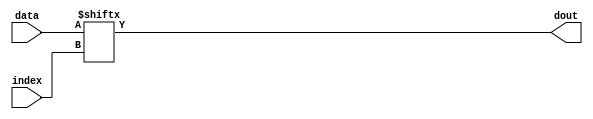
// shift register, parallel in, serial out

module mux( data, index, dout );
	parameter data_width = 32;
	parameter index_width = 5;

	input [ data_width - 1 : 0 ] data;
	input	[ index_width - 1 : 0 ] index;
	output	dout;

	assign dout = data[ index ];
endmodule